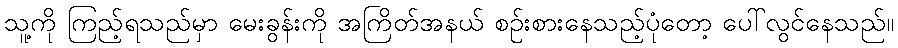
သူ့ကို ကြည့်ရသည်မှာ မေးခွန်းကို အကြိတ်အနယ် စဉ်းစားနေသည့်ပုံတော့ ပေါ်လွင်နေသည်။